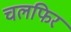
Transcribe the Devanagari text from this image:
चलफिर